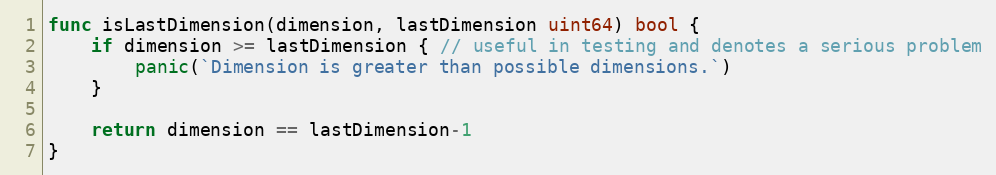
Language: Go
func isLastDimension(dimension, lastDimension uint64) bool {
	if dimension >= lastDimension { // useful in testing and denotes a serious problem
		panic(`Dimension is greater than possible dimensions.`)
	}

	return dimension == lastDimension-1
}